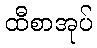
ထီစာအုပ်